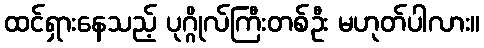
ထင်ရှားနေသည့် ပုဂ္ဂိုလ်ကြီးတစ်ဦး မဟုတ်ပါလား။